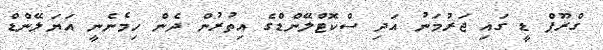
ގްރޫޕް ޑީ ގައި ޖަރުމަނު އަދި ސްކޮޓްލޭންޑްގެ އިތުރުން ދެން ހިމެނެނީ އަޔަލޭންޑް